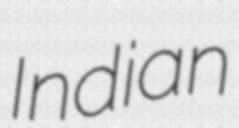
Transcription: Indian